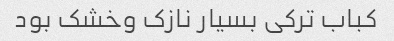
کباب ترکی بسیار نازک وخشک بود